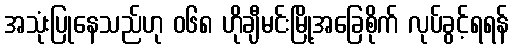
အသုံးပြုနေသည်ဟု ၀၆၈ ဟိုချီမင်းမြို့အခြေစိုက် လုပ်ခွင့်ရရန်